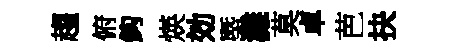
趨俯鈎煐効塈灘莫卓芭抉